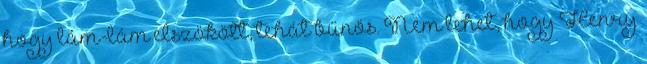
hogy lám-lám elszökött, tehát bűnös. Nem lehet, hogy Henry